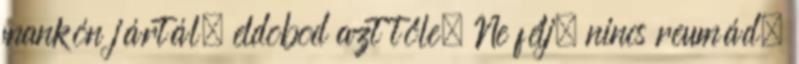
mankón jártál, eldobod azt tőle, Ne félj, nincs reumád,